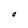
Character: O